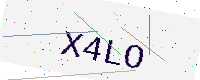
Text: X4LO